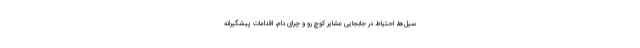
سیل‌ها، احتیاط در جابجایی عشایر کوچ رو و چرای دام، اقدامات پیشگیرانه